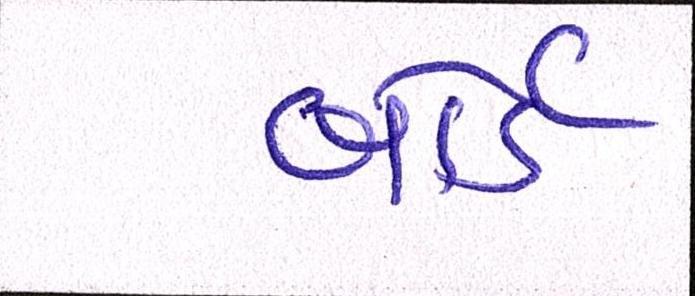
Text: બોર્ડ